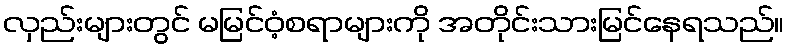
လှည်းများတွင် မမြင်ဝံ့စရာများကို အတိုင်းသားမြင်နေရသည်။